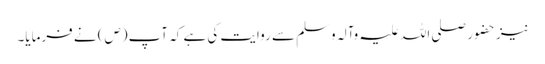
نیز حضور صلی اللہ علیہ وآلہ وسلم سے روایت کی ہے کہ آپ(ص) نے فرمایا۔